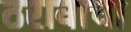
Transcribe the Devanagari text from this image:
ठरावाचा